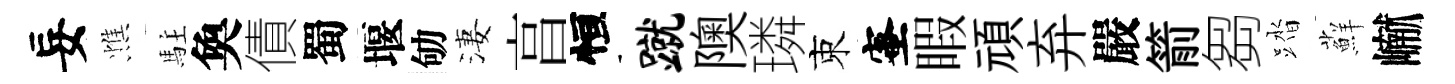
妄憔駐奐債蜀堰劬淒亯恒蹴隩璘束蜜睱頑弃嚴箭芻踏蘚𪩘